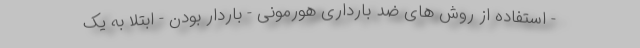
- استفاده از روش های ضد بارداری هورمونی - باردار بودن - ابتلا به یک